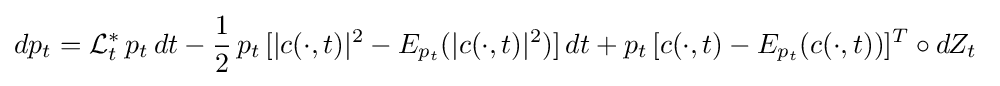
dp_{t}={\cal {L}}_{t}^{\ast }\,p_{t}\,dt-{\frac {1}{2}}\,p_{t}\,[\vert c(\cdot ,t)\vert ^{2}-E_{p_{t}}(\vert c(\cdot ,t)\vert ^{2})]\,dt+p_{t}\,[c(\cdot ,t)-E_{p_{t}}(c(\cdot ,t))]^{T}\circ dZ_{t}\